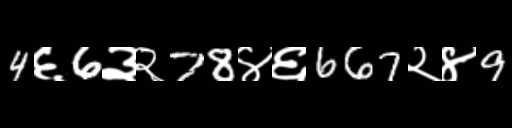
Text: 4६6३२78४६667२४9